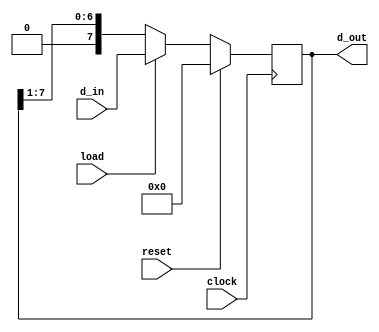
//shift_reg.v - The most Basic shift register.  Only shifts right, synchronous loading.

module shift_reg (clock, reset, load, d_in, d_out);
   input clock;
   input reset;
   input load;
   input [7:0] d_in;
   output [7:0] d_out;

   reg [7:0] d_out;

   always @ (posedge clock)
   begin
      if (reset) begin
         d_out <= 8'h00;
      end
      else begin
         if (load) begin
            d_out <= d_in;
         end
         else begin
            d_out <= (d_out >> 1);
         end
      end
   end
endmodule